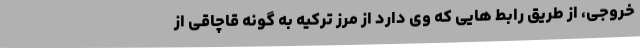
خروجی، از طریق رابط هایی که وی دارد از مرز ترکیه به گونه قاچاقی از